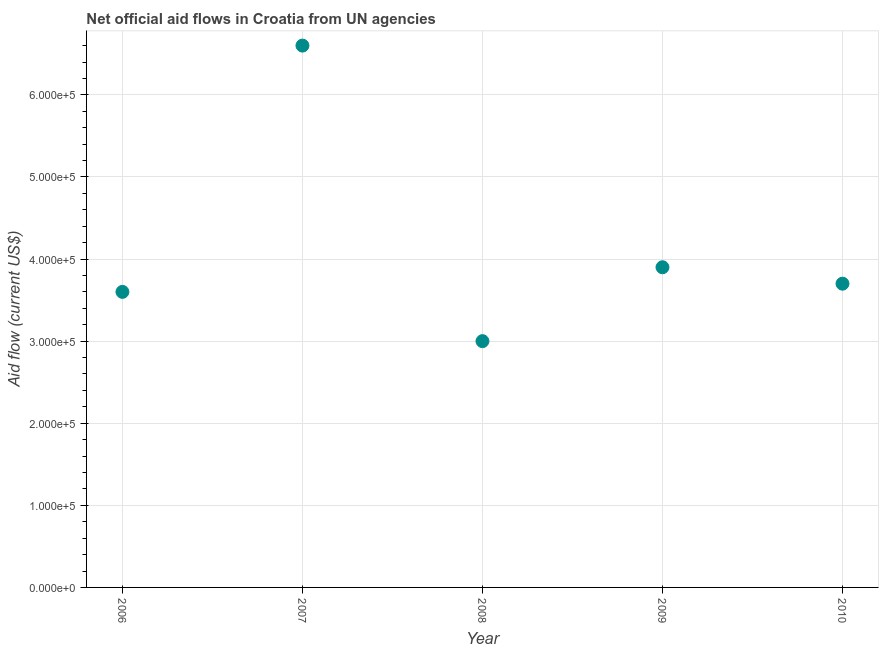
| Year | Net official flows from UN agencies |
 | --- | --- |
 | 2006 | 3.6e+05 |
 | 2007 | 6.6e+05 |
 | 2008 | 3e+05 |
 | 2009 | 3.9e+05 |
 | 2010 | 3.7e+05 |